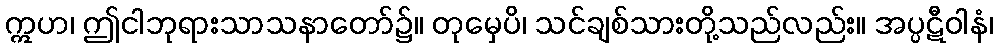
ဣဟ၊ ဤငါဘုရားသာသနာတော်၌။ တုမှေပိ၊ သင်ချစ်သားတို့သည်လည်း။ အပ္ပဋီဝါနံ၊